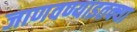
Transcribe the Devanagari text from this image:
जाणवण्याइतक्या